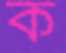
ক